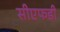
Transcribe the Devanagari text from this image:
सीएफडी